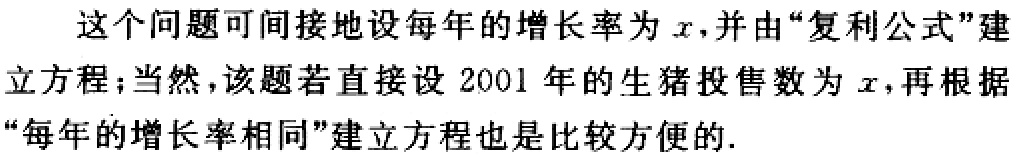
这个问题可间接地设每年的增长率为\(x\)，并由“复利公式”建立方程；当然，该题若直接设 2001 年的生猪投售数为\(x\)，再根据“每年的增长率相同”建立方程也是比较方便的.